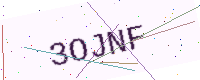
Text: 3OJNF